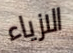
الازياء